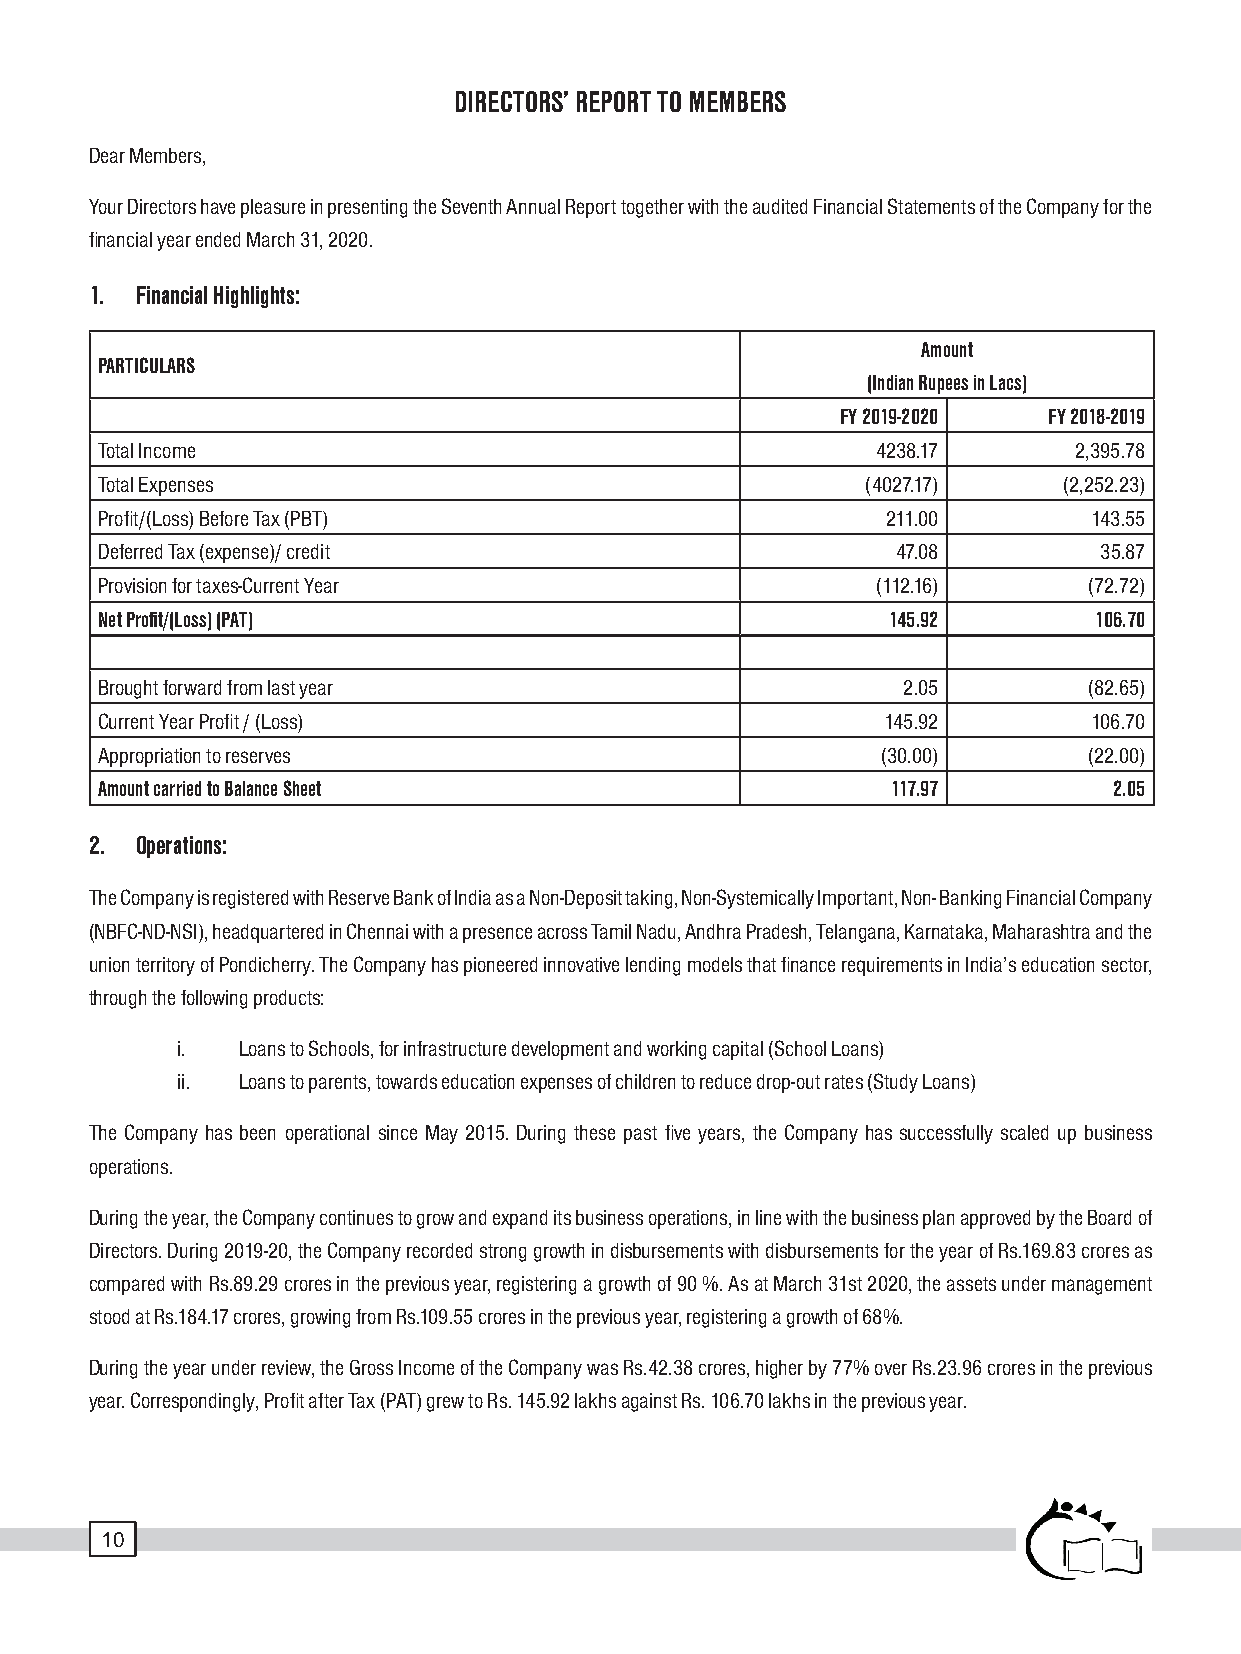
DIRECTORS’ REPORT TO MEMBERS
 Dear Members,
 Your Directors have pleasure in presenting the Seventh Annual Report together with the audited Financial Statements of the Company for the
 financial year ended March 31, 2020.
 1. Financial Highlights:
 Amount
 PARTICULARS
 (Indian Rupees in Lacs)
 FY 2019-2020 FY 2018-2019
 Total Income                                        4238.17      2,395.78
 Total Expenses                                     (4027.17)    (2,252.23)
 Profit/(Loss) Before Tax (PBT)                       211.00       143.55
 Deferred Tax (expense)/ credit                       47.08         35.87
 Provision for taxes-Current Year                    (112.16)      (72.72)
 Net Profit/(Loss) (PAT)                              145.92       106.70
 Brought forward from last year                        2.05        (82.65)
 Current Year Profit / (Loss)                        145.92        106.70
 Appropriation to reserves                           (30.00)       (22.00)
 Amount carried to Balance Sheet                      117.97         2.05
 2. Operations:
 The Company is registered with Reserve Bank of India as a Non-Deposit taking, Non-Systemically Important, Non- Banking Financial Company
 (NBFC-ND-NSI), headquartered in Chennai with a presence across Tamil Nadu, Andhra Pradesh, Telangana, Karnataka, Maharashtra and the
 union territory of Pondicherry. The Company has pioneered innovative lending models that finance requirements in India’s education sector,
 through the following products:
 i.  Loans to Schools, for infrastructure development and working capital (School Loans)
 ii. Loans to parents, towards education expenses of children to reduce drop-out rates (Study Loans)
 The Company has been operational since May 2015. During these past five years, the Company has successfully scaled up business
 operations.
 During the year, the Company continues to grow and expand its business operations, in line with the business plan approved by the Board of
 Directors. During 2019-20, the Company recorded strong growth in disbursements with disbursements for the year of Rs.169.83 crores as
 compared with Rs.89.29 crores in the previous year, registering a growth of 90 %. As at March 31st 2020, the assets under management
 stood at Rs.184.17 crores, growing from Rs.109.55 crores in the previous year, registering a growth of 68%.
 During the year under review, the Gross Income of the Company was Rs.42.38 crores, higher by 77% over Rs.23.96 crores in the previous
 year. Correspondingly, Profit after Tax (PAT) grew to Rs. 145.92 lakhs against Rs. 106.70 lakhs in the previous year.
 10